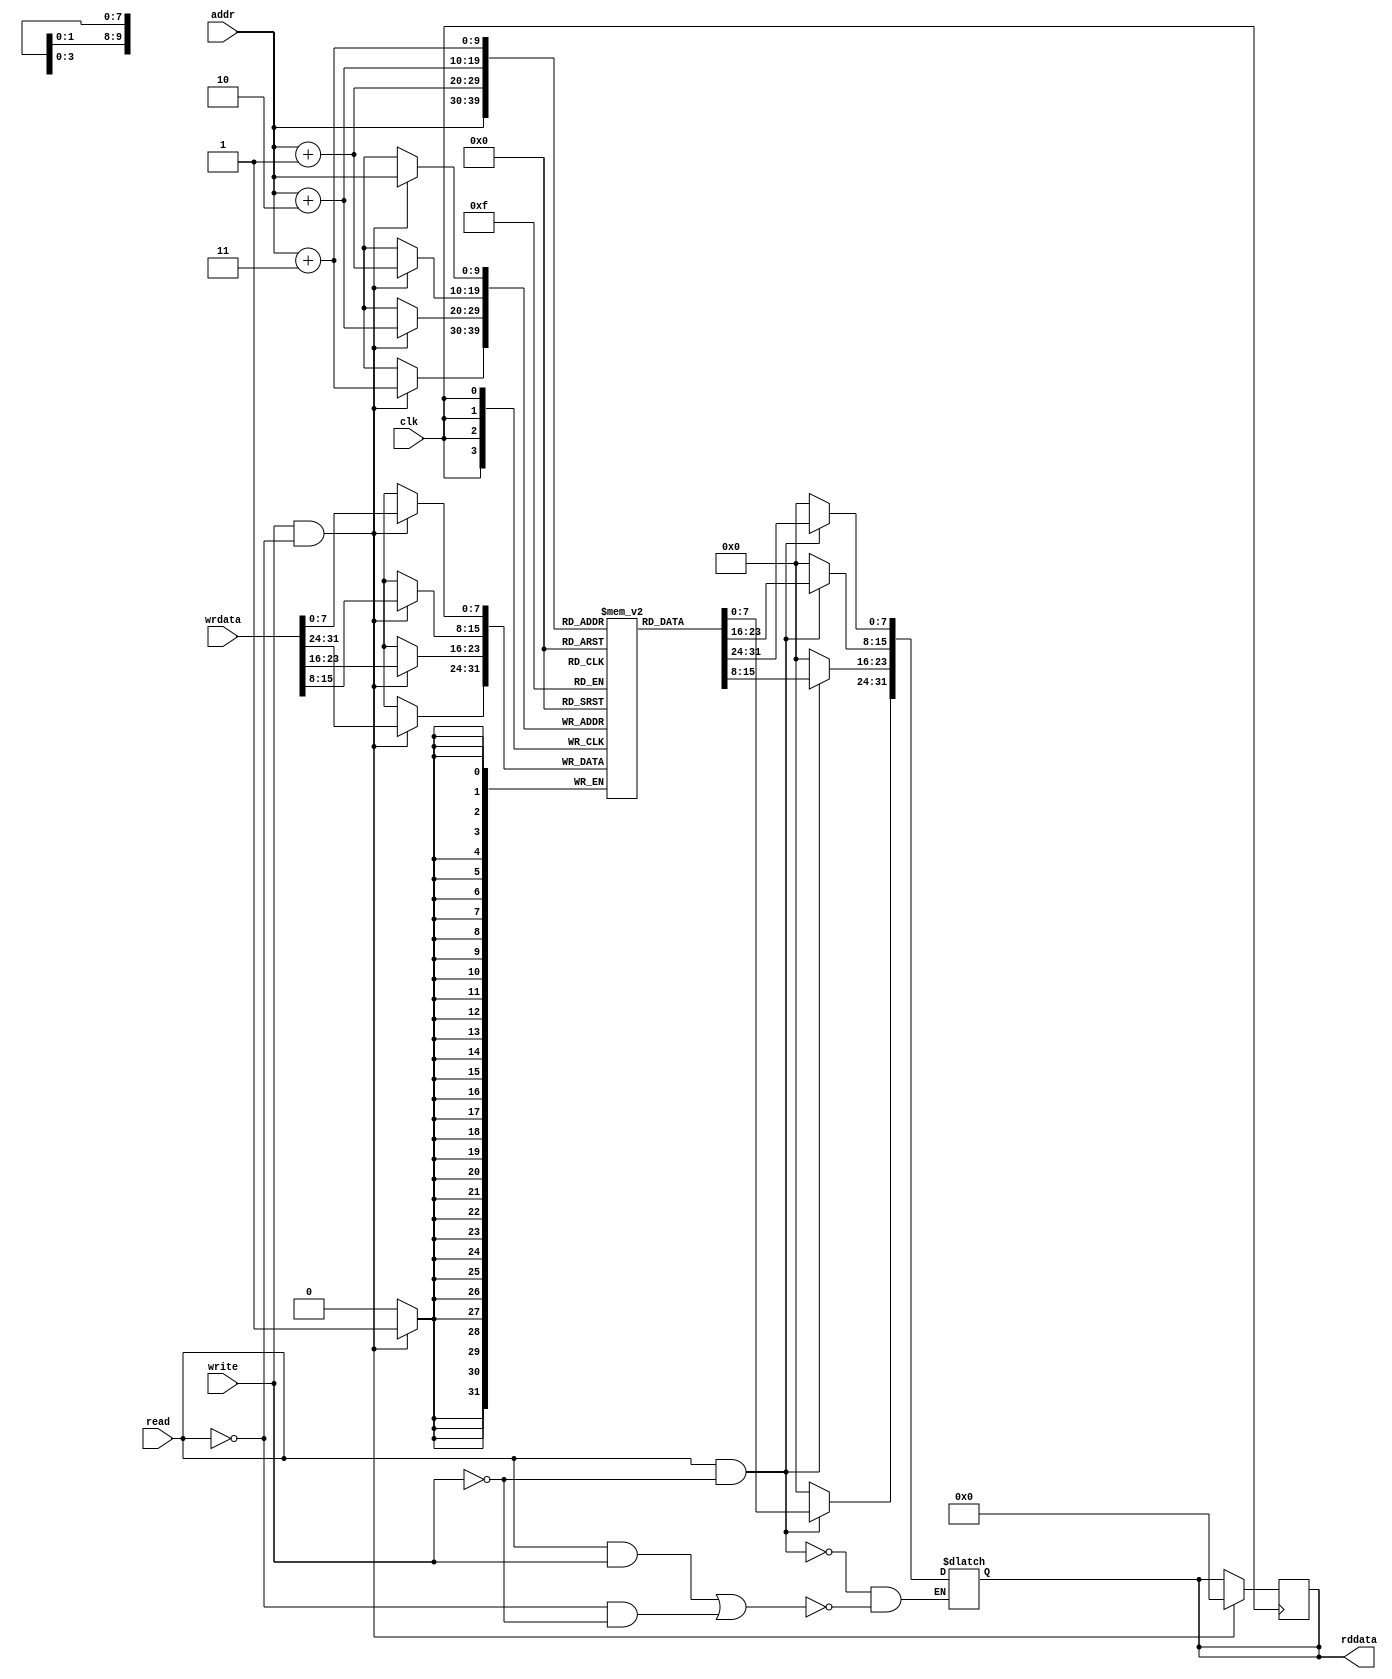
module mem (
    input clk,
    input write,
    input read,
    input [9:0] addr,
    input [31:0] wrdata,
    output reg [31:0] rddata
);

reg [7:0] mem [0:1023];

always @(posedge clk) begin
    if (write && !read) begin
        mem[addr] <= wrdata[7:0];           
        mem[addr+1] <= wrdata[15:8];
        mem[addr+2] <= wrdata[23:16];
        mem[addr+3] <= wrdata[31:24];
        rddata <= 32'b0;
    end
end

always @(*) begin
    if (read && !write) begin
        rddata[7:0] <= mem[addr];
        rddata[15:8] <= mem[addr+1];
        rddata[23:16] <= mem[addr+2];
        rddata[31:24] <= mem[addr+3];
    end
    else if((read && write) || (!read && !write)) begin
        rddata <= 32'b0;
    end
end

endmodule